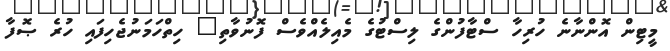
މީޓިން އޮންނާނެ ހުރިހާ ސްޓާފުންގެ ލިސްޓުގެ މެއިލެއްވެސް ފޮނުވާތި" ހިތްހަމަނުޖެހިފައި ހުރެ ޞޮފާ